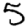
Digit: 5